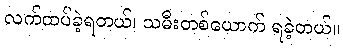
လက်ထပ်ခဲ့ရတယ်၊ သမီးတစ်ယောက် ရခဲ့တယ်။